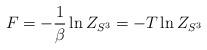
LaTeX: \begin{align*} F = -\frac{1}{\beta} \ln Z_{S^3} = -T \ln Z_{S^3}\end{align*}